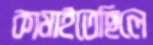
কামাইতেছিলে